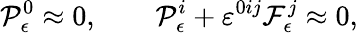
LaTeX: {\cal P}_{\epsilon}^{0}\approx 0,\qquad{\cal P}_{\epsilon}^{i}+\varepsilon^{0ij}{\cal F}_{\epsilon}^{j}\approx 0,